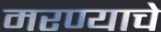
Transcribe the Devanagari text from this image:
मरण्याचे